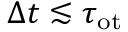
\Delta t \lesssim \tau _ { \mathrm { o t } }